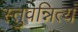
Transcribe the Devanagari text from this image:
स्तुवन्नित्यं